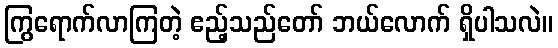
ကြွရောက်လာကြတဲ့ ဧည့်သည်တော် ဘယ်လောက် ရှိပါသလဲ။